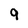
Character: 9